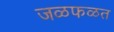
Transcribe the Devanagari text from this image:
जळफळत